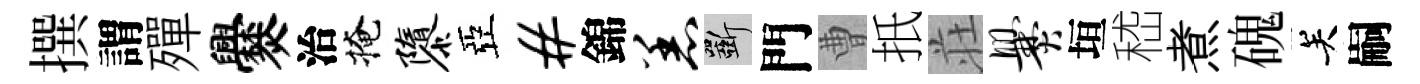
撰謂殫爨治掩隳亞#錦恙斫門曹扺荘爨垣嵇煮磈关嗣